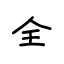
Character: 全